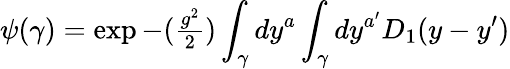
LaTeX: \psi(\gamma)=\exp{-({\textstyle{\frac{g^{2}}{2}}})\int_{\gamma}dy^{a}\int_{\gamma}dy^{a^{\prime}}D_{1}(y-y^{\prime})}